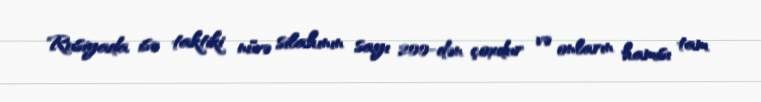
Rusiyada isə taktiki nüvə silahının sayı 200-dən çoxdur və onların hamısı tam